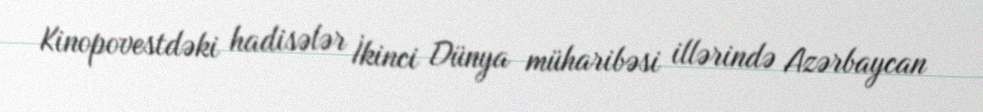
Kinopovestdəki hadisələr İkinci Dünya müharibəsi illərində Azərbaycan